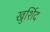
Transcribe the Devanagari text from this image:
खुर्शिद